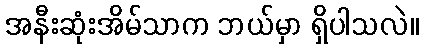
အနီးဆုံးအိမ်သာက ဘယ်မှာ ရှိပါသလဲ။